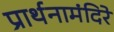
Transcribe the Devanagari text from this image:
प्रार्थनामंदिरे